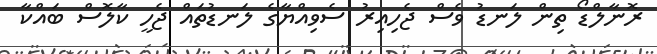
ރޮނާލްޑޯ ތިން ލަނޑު ވެސް ޖެހިއިރު ސެވިއްޔާގެ ލަނޑުތައް ޖެހީ ކާލޮސް ބައްކާ